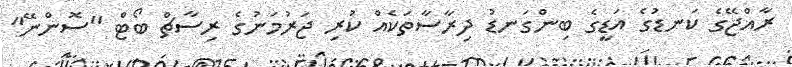
ރާއްޖޭގެ ކަނޑުގެ އަޑީގެ ބިންގަނޑު ދިރާސާތަކެއް ކުރި ޖަރުމަނުގެ ރިސާޗް ބޯޓް "ސޮންނޭ"